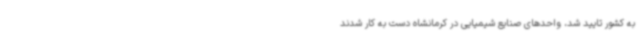
به کشور تایید شد، واحدهای صنایع شیمیایی در کرمانشاه دست به کار شدند